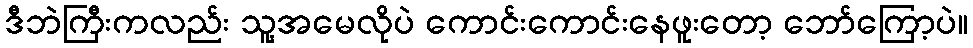
ဒီဘဲကြီးကလည်း သူ့အမေလိုပဲ ကောင်းကောင်းနေဖူးတော့ ဘော်ကြော့ပဲ။